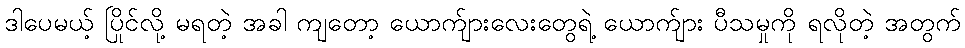
ဒါပေမယ့် ပြိုင်လို့ မရတဲ့ အခါ ကျတော့ ယောက်ျားလေးတွေရဲ့ ယောက်ျား ပီသမှုကို ရလိုတဲ့ အတွက်